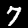
Label: 7